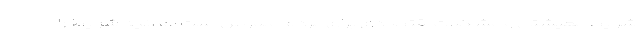
شرایط معیشتی و مشکلات اقتصادی برای مردم ملموس است اما آنچه شرایط را